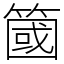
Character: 簂